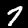
Label: 7